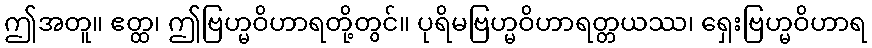
ဤအတူ။ ဧတ္ထ၊ ဤဗြဟ္မဝိဟာရတို့တွင်။ ပုရိမဗြဟ္မဝိဟာရတ္တယဿ၊ ရှေးဗြဟ္မဝိဟာရ